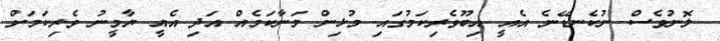
ލޮނުވެސް ނުކެނޑޭނެ އެއީ އިބޫވެރިކަމުގައި މުޅިން މަނާކަމެއް އަދި އެއީ ޔާމީނު ވެރިކަމަށް